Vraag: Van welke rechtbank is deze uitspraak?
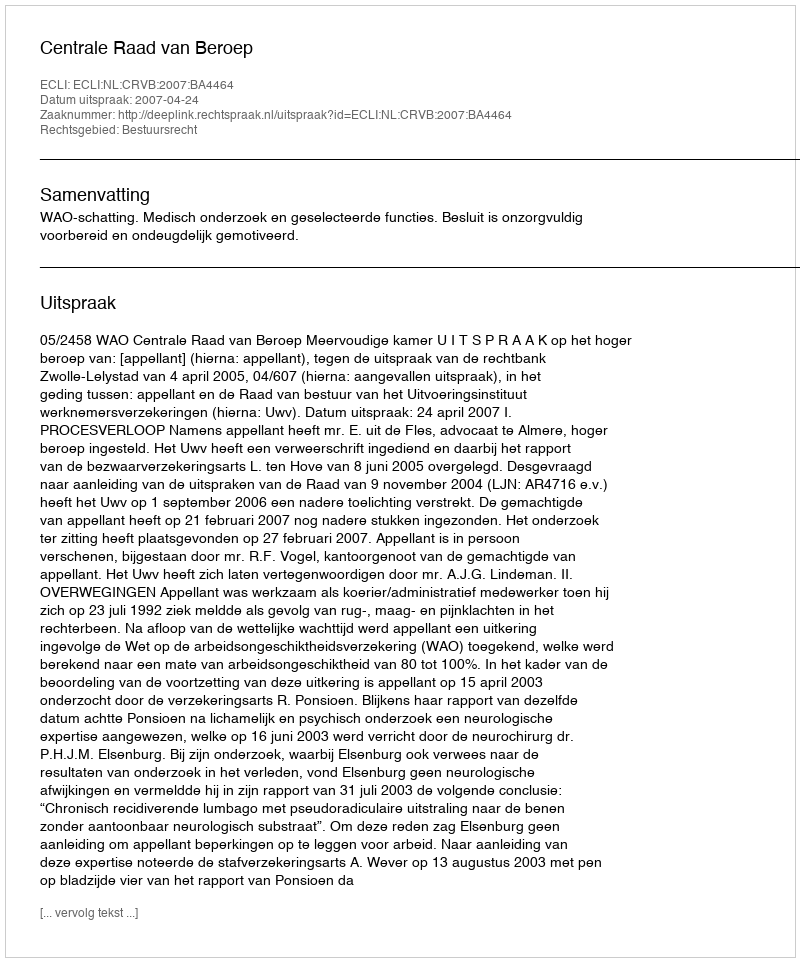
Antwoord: Centrale Raad van Beroep